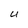
Character: U